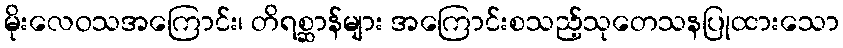
မိုးလေဝသအကြောင်း၊ တိရစ္ဆာန်များ အကြောင်းစသည့်သုတေသနပြုထားသော